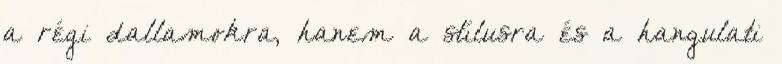
a régi dallamokra, hanem a stílusra és a hangulati